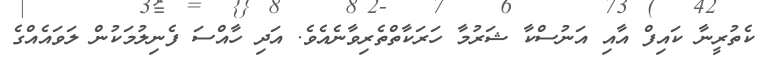
ކެތުރީނާ ކައިފް އާއި އަނުސްކާ ޝަރުމާ ހަރަކާތްތެރިވާނެއެވެ. އަދި ހާއްސަ ފެނިލުމަކުން ލަވައެއްގެ